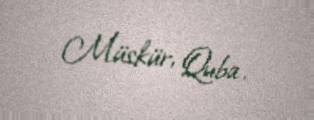
Müskür, Quba.